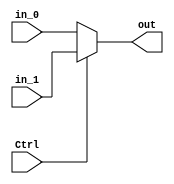
`timescale 1ns / 1ps
//////////////////////////////////////////////////////////////////////////////////
// Company: 
// Engineer: 
// 
// Design Name: 
// Module Name:    Mux_2_1 
// Project Name: 
// Target Devices: 
// Tool versions: 
// Description: 
//
// Dependencies: 
//
// Revision: 
// Revision 0.01 - File Created
// Additional Comments: 
//
//////////////////////////////////////////////////////////////////////////////////
module Mux_2_1(Ctrl, in_0, in_1, out);
	input wire Ctrl;
	input wire [31:0] in_0, in_1;
	output reg [31:0] out;
	
	always @(Ctrl or in_0 or in_1)
		out = Ctrl ? in_1 : in_0;
		
endmodule